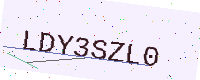
Text: LDY3SZL0